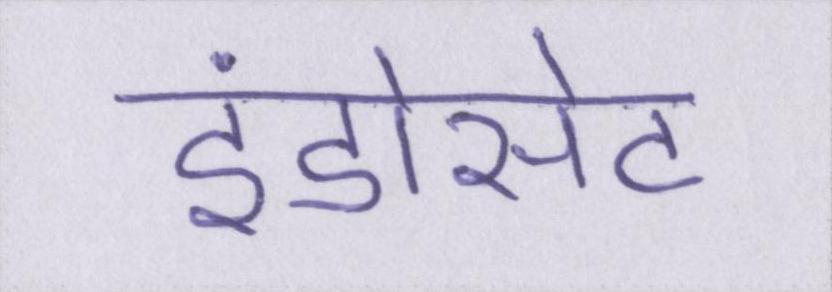
इंडोसेट